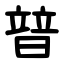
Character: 暜